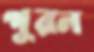
পূরন